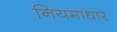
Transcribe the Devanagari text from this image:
नियमाधार